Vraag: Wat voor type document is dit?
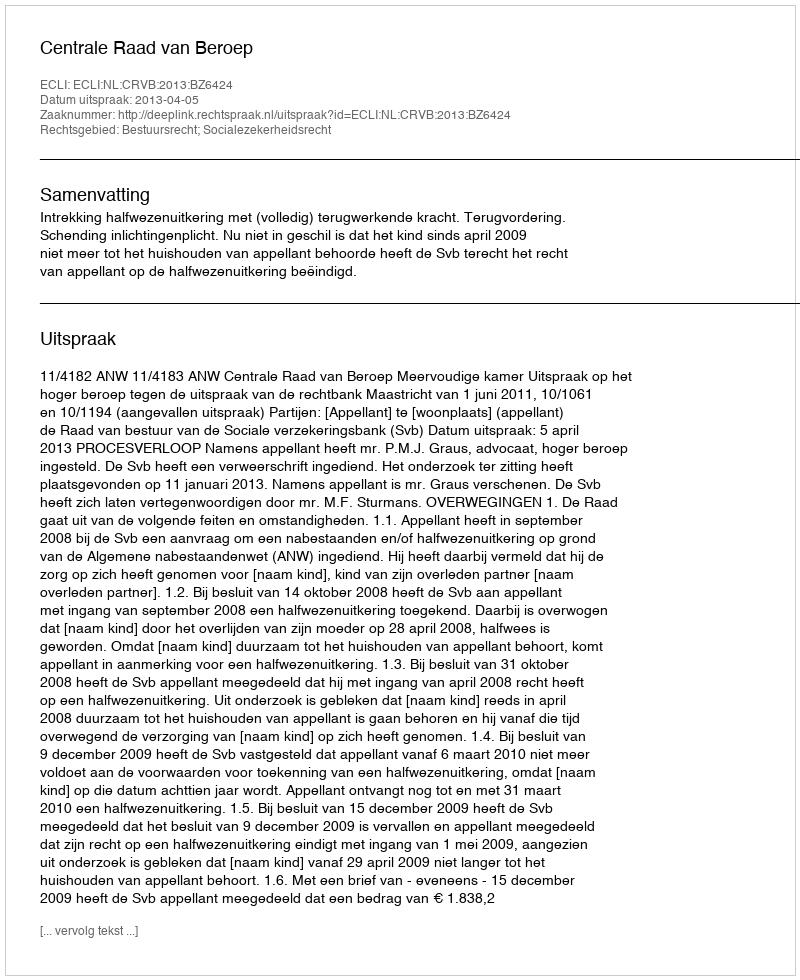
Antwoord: Uitspraak